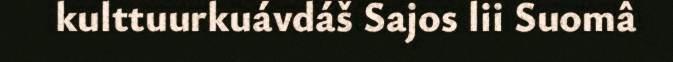
kulttuurkuávdáš Sajos lii Suomâ